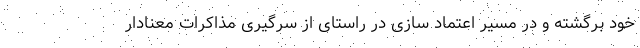
خود برگشته و در مسیر اعتماد سازی در راستای از سرگیری مذاکرات معنادار